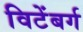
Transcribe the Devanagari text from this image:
विटेंबर्ग